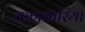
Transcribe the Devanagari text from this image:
कणवारिया